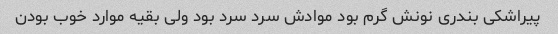
پیراشکی بندری نونش گرم‌ بود موادش سرد سرد بود ولی بقیه موارد خوب بودن